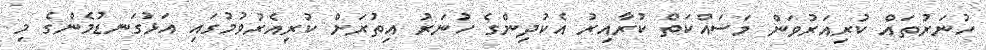
ހުނަރުތައް ކުރިއަރުވަން މަސައްކަތް ކުރާއިރު އެކުދިންގެ ހުނަރު އިތުރަށް ކުރިއެރުވުމުގައި އަޅުގަނޑުމެންގެ މި